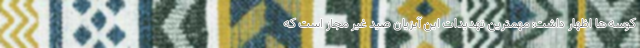
کوسه ها اظهار داشت: مهمترین تهدیدات این آبزیان صید غیر مجاز است که